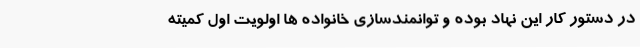
در دستور کار این نهاد بوده و توانمندسازی خانواده ها اولویت اول کمیته